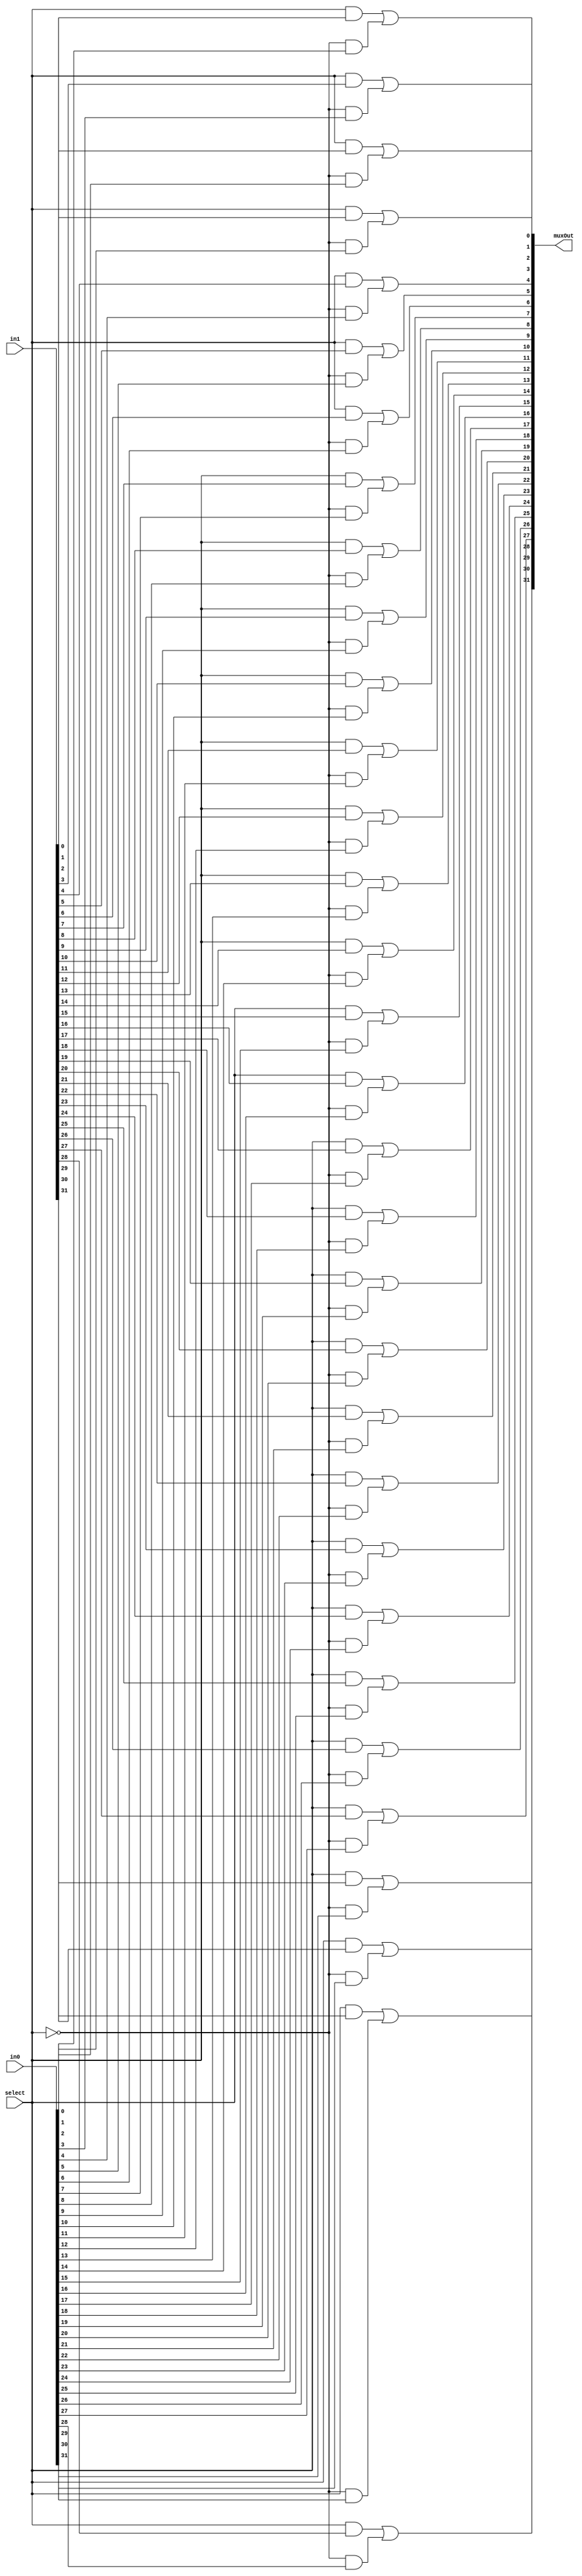
`timescale 1ns / 1ps
//////////////////////////////////////////////////////////////////////////////////
// Company: 
// Engineer: 
// 
// Design Name: 
// Module Name:    mux 
// Project Name: 
// Target Devices: 
// Tool versions: 
// Description: 
//
// Dependencies: 
//
// Revision: 
// Revision 0.01 - File Created
// Additional Comments: 
//
//////////////////////////////////////////////////////////////////////////////////
//IF select is 0 then muxout is in0. IF select is 1 then muxout is in1. 
module mux2to1_32bits(input [31:0] in0, input [31:0] in1, input select, output [31:0] muxOut);
      wire nselect;
		wire [31:0]muxt1;
		wire [31:0]muxt2;
		not n1(nselect,select);
		and b1(muxt1[0],nselect,in0[0]);
		and b2(muxt1[1],nselect,in0[1]);
		and b3(muxt1[2],nselect,in0[2]);
		and b4(muxt1[3],nselect,in0[3]);
		and b5(muxt1[4],nselect,in0[4]);
		and b6(muxt1[5],nselect,in0[5]);
		and b7(muxt1[6],nselect,in0[6]);
		and b8(muxt1[7],nselect,in0[7]);
		and b9(muxt1[8],nselect,in0[8]);
		and b10(muxt1[9],nselect,in0[9]);
		and b11(muxt1[10],nselect,in0[10]);
		and b12(muxt1[11],nselect,in0[11]);
		and b13(muxt1[12],nselect,in0[12]);
		and b14(muxt1[13],nselect,in0[13]);
		and b15(muxt1[14],nselect,in0[14]);
		and b16(muxt1[15],nselect,in0[15]);
		and b17(muxt1[16],nselect,in0[16]);
		and b18(muxt1[17],nselect,in0[17]);
		and b19(muxt1[18],nselect,in0[18]);
		and b20(muxt1[19],nselect,in0[19]);
		and b21(muxt1[20],nselect,in0[20]);
		and b22(muxt1[21],nselect,in0[21]);
		and b23(muxt1[22],nselect,in0[22]);
		and b24(muxt1[23],nselect,in0[23]);
		and b25(muxt1[24],nselect,in0[24]);
		and b26(muxt1[25],nselect,in0[25]);
		and b27(muxt1[26],nselect,in0[26]);
		and b28(muxt1[27],nselect,in0[27]);
		and b29(muxt1[28],nselect,in0[28]);
		and b30(muxt1[29],nselect,in0[29]);
		and b31(muxt1[30],nselect,in0[30]);
		and b32(muxt1[31],nselect,in0[31]);
		
		
		
		and a1(muxt2[0],select,in1[0]);
		and a2(muxt2[1],select,in1[1]);
		and a3(muxt2[2],select,in1[2]);
		and a4(muxt2[3],select,in1[3]);
		and a5(muxt2[4],select,in1[4]);
		and a6(muxt2[5],select,in1[5]);
		and a7(muxt2[6],select,in1[6]);
		and a8(muxt2[7],select,in1[7]);
		and a9(muxt2[8],select,in1[8]);
		and a10(muxt2[9],select,in1[9]);
		and a11(muxt2[10],select,in1[10]);
		and a12(muxt2[11],select,in1[11]);
		and a13(muxt2[12],select,in1[12]);
		and a14(muxt2[13],select,in1[13]);
		and a15(muxt2[14],select,in1[14]);
		and a16(muxt2[15],select,in1[15]);
		and a17(muxt2[16],select,in1[16]);
		and a18(muxt2[17],select,in1[17]);
		and a19(muxt2[18],select,in1[18]);
		and a20(muxt2[19],select,in1[19]);
		and a21(muxt2[20],select,in1[20]);
		and a22(muxt2[21],select,in1[21]);
		and a23(muxt2[22],select,in1[22]);
		and a24(muxt2[23],select,in1[23]);
		and a25(muxt2[24],select,in1[24]);
		and a26(muxt2[25],select,in1[25]);
		and a27(muxt2[26],select,in1[26]);
		and a28(muxt2[27],select,in1[27]);
		and a29(muxt2[28],select,in1[28]);
		and a30(muxt2[29],select,in1[29]);
		and a31(muxt2[30],select,in1[30]);
		and a32(muxt2[31],select,in1[31]);
		
		or o1(muxOut[0],muxt2[0],muxt1[0]);
		or o2(muxOut[1],muxt2[1],muxt1[1]);
		or o3(muxOut[2],muxt2[2],muxt1[2]);
		or o4(muxOut[3],muxt2[3],muxt1[3]);
		or o5(muxOut[4],muxt2[4],muxt1[4]);
		or o6(muxOut[5],muxt2[5],muxt1[5]);
		or o7(muxOut[6],muxt2[6],muxt1[6]);
		or o8(muxOut[7],muxt2[7],muxt1[7]);
		or o9(muxOut[8],muxt2[8],muxt1[8]);
		or o10(muxOut[9],muxt2[9],muxt1[9]);
		or o11(muxOut[10],muxt2[10],muxt1[10]);
		or o12(muxOut[11],muxt2[11],muxt1[11]);
		or o13(muxOut[12],muxt2[12],muxt1[12]);
		or o14(muxOut[13],muxt2[13],muxt1[13]);
		or o15(muxOut[14],muxt2[14],muxt1[14]);
		or o16(muxOut[15],muxt2[15],muxt1[15]);
		or o17(muxOut[16],muxt2[16],muxt1[16]);
		or o18(muxOut[17],muxt2[17],muxt1[17]);
		or o19(muxOut[18],muxt2[18],muxt1[18]);
		or o20(muxOut[19],muxt2[19],muxt1[19]);
		or o21(muxOut[20],muxt2[20],muxt1[20]);
		or o22(muxOut[21],muxt2[21],muxt1[21]);
		or o23(muxOut[22],muxt2[22],muxt1[22]);
		or o24(muxOut[23],muxt2[23],muxt1[23]);
		or o25(muxOut[24],muxt2[24],muxt1[24]);
		or o26(muxOut[25],muxt2[25],muxt1[25]);
		or o27(muxOut[26],muxt2[26],muxt1[26]);
		or o28(muxOut[27],muxt2[27],muxt1[27]);
		or o29(muxOut[28],muxt2[28],muxt1[28]);
		or o30(muxOut[29],muxt2[29],muxt1[29]);
		or o31(muxOut[30],muxt2[30],muxt1[30]);
		or o32(muxOut[31],muxt2[31],muxt1[31]);
	
endmodule



//IF select is 0 then muxout is in0. IF select is 1 then muxout is in1. 
module mux4to1_5bits(input [4:0] in0, input [4:0] in1, input [4:0] in2, input [4:0] in3, input [1:0] select, output reg [4:0] muxOut);
    always @ (in0 or in1 or select)
		begin	
			case(select)
			2'd0:muxOut = in0;
			2'd1:muxOut = in1;
			2'd2:muxOut = in2;
			2'd3:muxOut = in3;
			endcase
		end	
endmodule

//IF select is 0 then muxout is in0. IF select is 1 then muxout is in1. IF select is 2 then muxout is in2. IF select is 3 then muxout is in3. 
module mux4to1_32bits(input [31:0] in0, input [31:0] in1, input [31:0] in2, input [31:0] in3, 
                      input [1:0] select, output [31:0] muxOut);

	wire [31:0] t1;
	wire [31:0] t2;
	mux2to1_32bits m1(in0,in1,select[0],t1);
	mux2to1_32bits m2(in2,in3,select[0],t2);
	mux2to1_32bits mf(t1,t2,select[1],muxOut);
endmodule

//select reg from 32 bit in Register memory
module mux32to1_32bits(input [31:0] in0,  input [31:0] in1,  input [31:0] in2,  input [31:0] in3,
                       input [31:0] in4,  input [31:0] in5,  input [31:0] in6,  input [31:0] in7,
                       input [31:0] in8,  input [31:0] in9,  input [31:0] in10, input [31:0] in11,
                       input [31:0] in12, input [31:0] in13, input [31:0] in14, input [31:0] in15,
                       input [31:0] in16, input [31:0] in17, input [31:0] in18, input [31:0] in19,
                       input [31:0] in20, input [31:0] in21, input [31:0] in22, input [31:0] in23,
                       input [31:0] in24, input [31:0] in25, input [31:0] in26, input [31:0] in27,
                       input [31:0] in28, input [31:0] in29, input [31:0] in30, input [31:0] in31,
                       input [4:0] select, output reg [31:0] muxOut);
    always@(in0,  in1,  in2,  in3,  in4,  in5,  in6,  in7,
            in8,  in9,  in10, in11, in12, in13, in14, in15,
            in16, in17, in18, in19, in20, in21, in22, in23,
            in24, in25, in26, in27, in28, in29, in30, in31, select)
    begin
        case(select)
            5'd0:  muxOut = in0;
            5'd1:  muxOut = in1;
            5'd2:  muxOut = in2;
            5'd3:  muxOut = in3;
            5'd4:  muxOut = in4;
            5'd5:  muxOut = in5;
            5'd6:  muxOut = in6;
            5'd7:  muxOut = in7;
            5'd8:  muxOut = in8;
            5'd9:  muxOut = in9;
            5'd10: muxOut = in10;
            5'd11: muxOut = in11;
            5'd12: muxOut = in12;
            5'd13: muxOut = in13;
            5'd14: muxOut = in14;
            5'd15: muxOut = in15;
            5'd16: muxOut = in16;
            5'd17: muxOut = in17;
            5'd18: muxOut = in18;
            5'd19: muxOut = in19;
            5'd20: muxOut = in20;
            5'd21: muxOut = in21;
            5'd22: muxOut = in22;
            5'd23: muxOut = in23;
            5'd24: muxOut = in24;
            5'd25: muxOut = in25;
            5'd26: muxOut = in26;
            5'd27: muxOut = in27;
            5'd28: muxOut = in28;
            5'd29: muxOut = in29;
            5'd30: muxOut = in30;
            5'd31: muxOut = in31;
        endcase
    end
endmodule